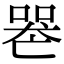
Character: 𠸶